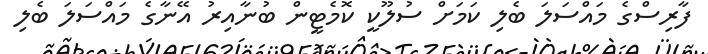
ފާރިސްގެ މައްސަލަ ބެލި ކަމަށް ސުލޫކީ ކޮމެޓީން ބުނާއިރު އޭނާގެ މައްސަލަ ބެލި